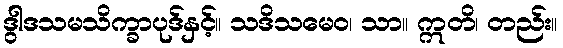
ဒွါဒသမသိက္ခာပုဒ်နှင့်။ သဒိသမေဝ၊ သာ။ ဣတိ၊ တည်း။